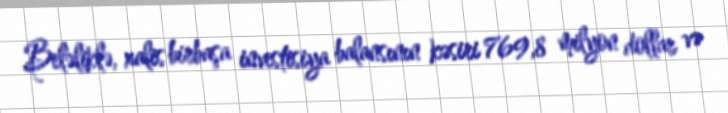
Beləliklə, xalis birbaşa investisiya balansının kəsiri 769,8 milyon dollar və